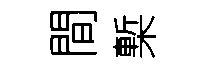
間槧